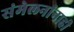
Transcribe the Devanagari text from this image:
संमेलनांनाही